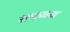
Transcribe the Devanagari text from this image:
नाष्ट्याचा